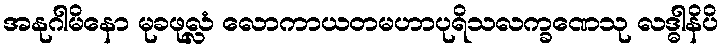
အနုဂါမိနော မုခဖုလ္လံ လောကာယတမဟာပုရိသလက္ခဏေသု လဒ္ဓါနိပိ